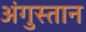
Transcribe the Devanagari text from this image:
अंगुस्तान